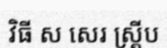
វិធី ស សេរ ស្គ្រីប